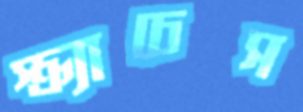
স্ক্র্যাচেস